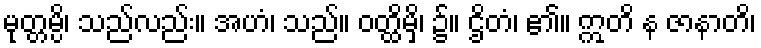
မုတ္တမ္ပိ၊ သည်လည်း။ အဟံ၊ သည်။ ဝတ္ထိမှိ၊ ၌။ ဌိတံ၊ ၏။ ဣတိ န ဇာနာတိ၊